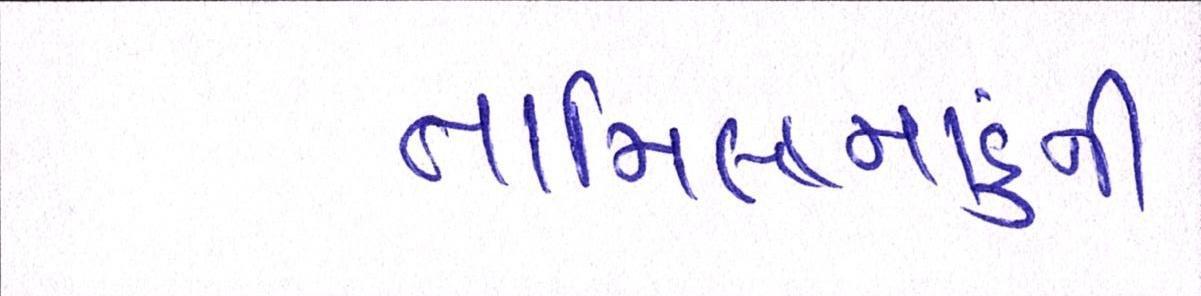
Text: તામિલનાડુની